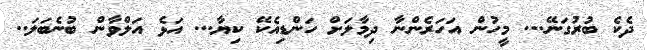
ދެކެ ބުރުގަނޭ... މީހުން އަހަރެންނާ ދިމާލަށް ހަންޑިއެކޭ ކިޔާ... އަޅެ އަލްވާން ބުނެބަލަ..